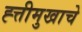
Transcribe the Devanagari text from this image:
ह्त्तीमुखाचे